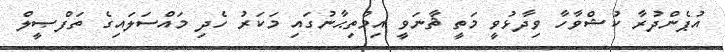
އުޕެންދުރާ ކުޝްވާހާ ވިދާޅުވީ މަތީ ޘާނަވީ އިމްތިޙާނުގައި މަކަރު ހެދި މައްސަލައިގެ ތަފްޞީލް